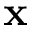
\bf x